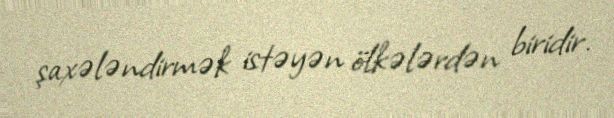
şaxələndirmək istəyən ölkələrdən biridir.